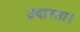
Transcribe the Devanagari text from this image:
उदारता।